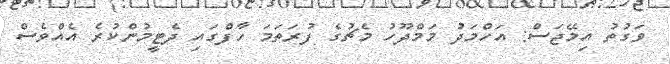
ވަގުތު އިމޭޖަސް: އަހްމަދު މަމްދޫހު މެޗުގެ ފުރަތަމަ ހާފްގައި ދެޓީމުންކުރެ އެއްވެސް